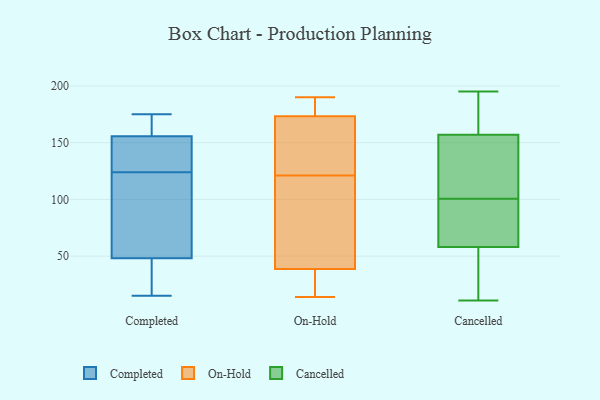
{"axis": {"x": "Waste Production (Tons)", "y": "Value"}, "legend": ["Cancelled", "Completed", "On-Hold"], "data": [{"x": "", "y": 171, "type": "Completed"}, {"x": "", "y": 67, "type": "Completed"}, {"x": "", "y": 131, "type": "Completed"}, {"x": "", "y": 18, "type": "Completed"}, {"x": "", "y": 175, "type": "Completed"}, {"x": "", "y": 161, "type": "Completed"}, {"x": "", "y": 34, "type": "Completed"}, {"x": "", "y": 86, "type": "Completed"}, {"x": "", "y": 157, "type": "Completed"}, {"x": "", "y": 152, "type": "Completed"}, {"x": "", "y": 15, "type": "Completed"}, {"x": "", "y": 124, "type": "Completed"}, {"x": "", "y": 42, "type": "Completed"}, {"x": "", "y": 121, "type": "Completed"}, {"x": "", "y": 141, "type": "Completed"}, {"x": "", "y": 165, "type": "On-Hold"}, {"x": "", "y": 14, "type": "On-Hold"}, {"x": "", "y": 62, "type": "On-Hold"}, {"x": "", "y": 173, "type": "On-Hold"}, {"x": "", "y": 163, "type": "On-Hold"}, {"x": "", "y": 96, "type": "On-Hold"}, {"x": "", "y": 14, "type": "On-Hold"}, {"x": "", "y": 121, "type": "On-Hold"}, {"x": "", "y": 89, "type": "On-Hold"}, {"x": "", "y": 190, "type": "On-Hold"}, {"x": "", "y": 39, "type": "On-Hold"}, {"x": "", "y": 186, "type": "On-Hold"}, {"x": "", "y": 174, "type": "On-Hold"}, {"x": "", "y": 16, "type": "On-Hold"}, {"x": "", "y": 190, "type": "On-Hold"}, {"x": "", "y": 149, "type": "On-Hold"}, {"x": "", "y": 38, "type": "On-Hold"}, {"x": "", "y": 182, "type": "Cancelled"}, {"x": "", "y": 151, "type": "Cancelled"}, {"x": "", "y": 92, "type": "Cancelled"}, {"x": "", "y": 146, "type": "Cancelled"}, {"x": "", "y": 163, "type": "Cancelled"}, {"x": "", "y": 60, "type": "Cancelled"}, {"x": "", "y": 174, "type": "Cancelled"}, {"x": "", "y": 56, "type": "Cancelled"}, {"x": "", "y": 195, "type": "Cancelled"}, {"x": "", "y": 21, "type": "Cancelled"}, {"x": "", "y": 48, "type": "Cancelled"}, {"x": "", "y": 87, "type": "Cancelled"}, {"x": "", "y": 113, "type": "Cancelled"}, {"x": "", "y": 87, "type": "Cancelled"}, {"x": "", "y": 67, "type": "Cancelled"}, {"x": "", "y": 132, "type": "Cancelled"}, {"x": "", "y": 109, "type": "Cancelled"}, {"x": "", "y": 11, "type": "Cancelled"}, {"x": "", "y": 34, "type": "Cancelled"}, {"x": "", "y": 195, "type": "Cancelled"}]}